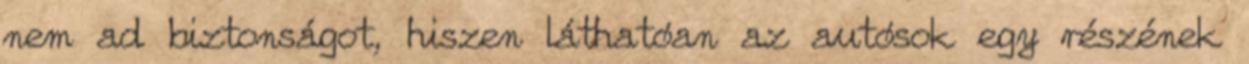
nem ad biztonságot, hiszen láthatóan az autósok egy részének